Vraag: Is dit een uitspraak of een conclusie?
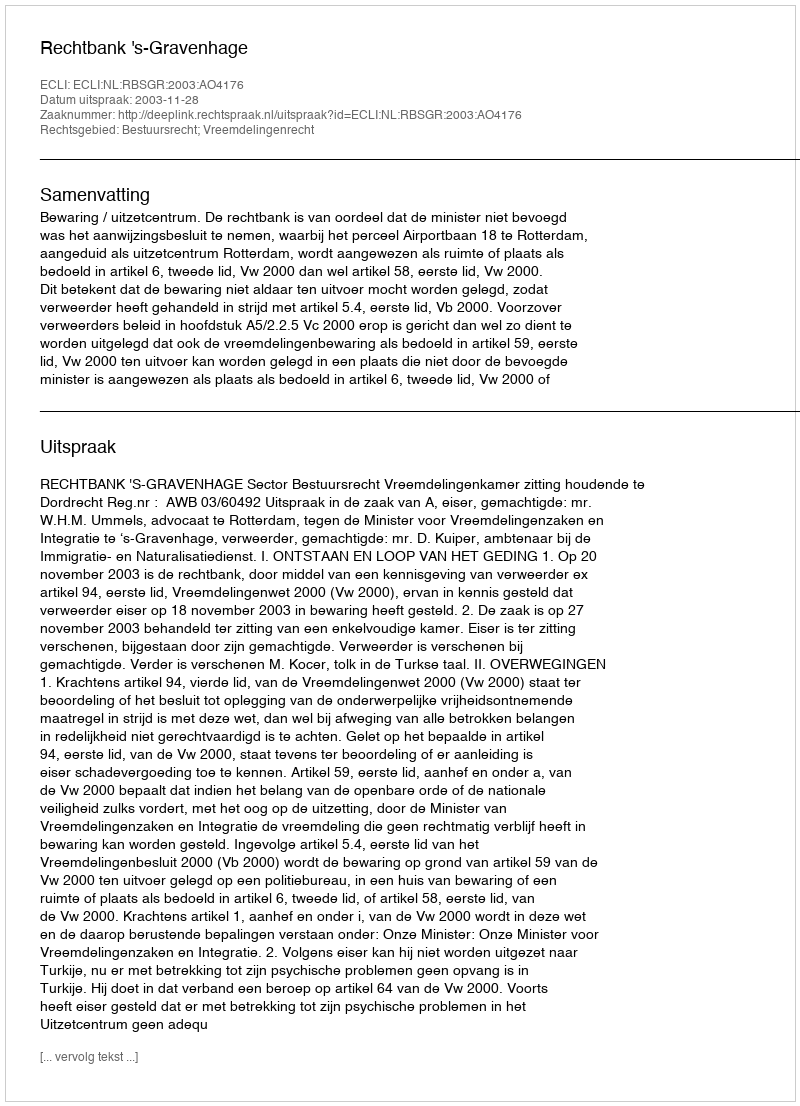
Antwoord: Uitspraak